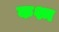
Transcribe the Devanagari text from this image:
कश्म